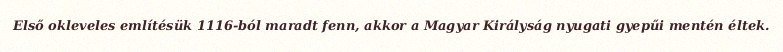
Első okleveles említésük 1116-ból maradt fenn, akkor a Magyar Királyság nyugati gyepűi mentén éltek.